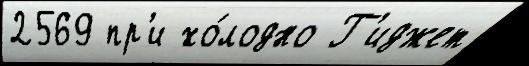
2569 пр'и хо́лодно Г'иджет